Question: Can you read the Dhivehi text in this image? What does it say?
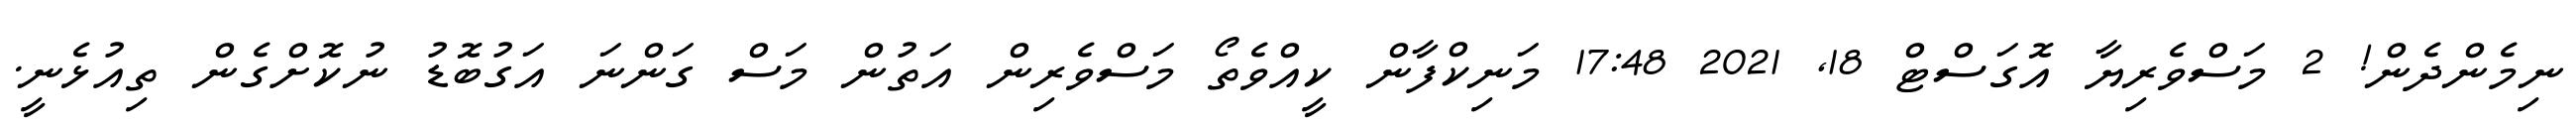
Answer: ނިމެންދެން! 2 މަސްވެރިޔާ އޮގަސްޓް 18, 2021 17:48 މަނިކްފާން ކީއްވެތޯ މަސްވެރިން އަތުން މަސް ގަންނަ އަގުބޮޑު ނުކޮށްގެން ތިއުޅެނީ.